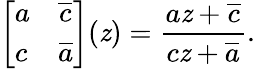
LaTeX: \left[\begin{array}{ll}{a}&{\overline{{c}}}\\ {c}&{\overline{{a}}}\end{array}\right](\mathit{z})=\frac{{a\mathit{z}+\overline{{{c}}}}}{{c\mathit{z}+\overline{{{a}}}}}.